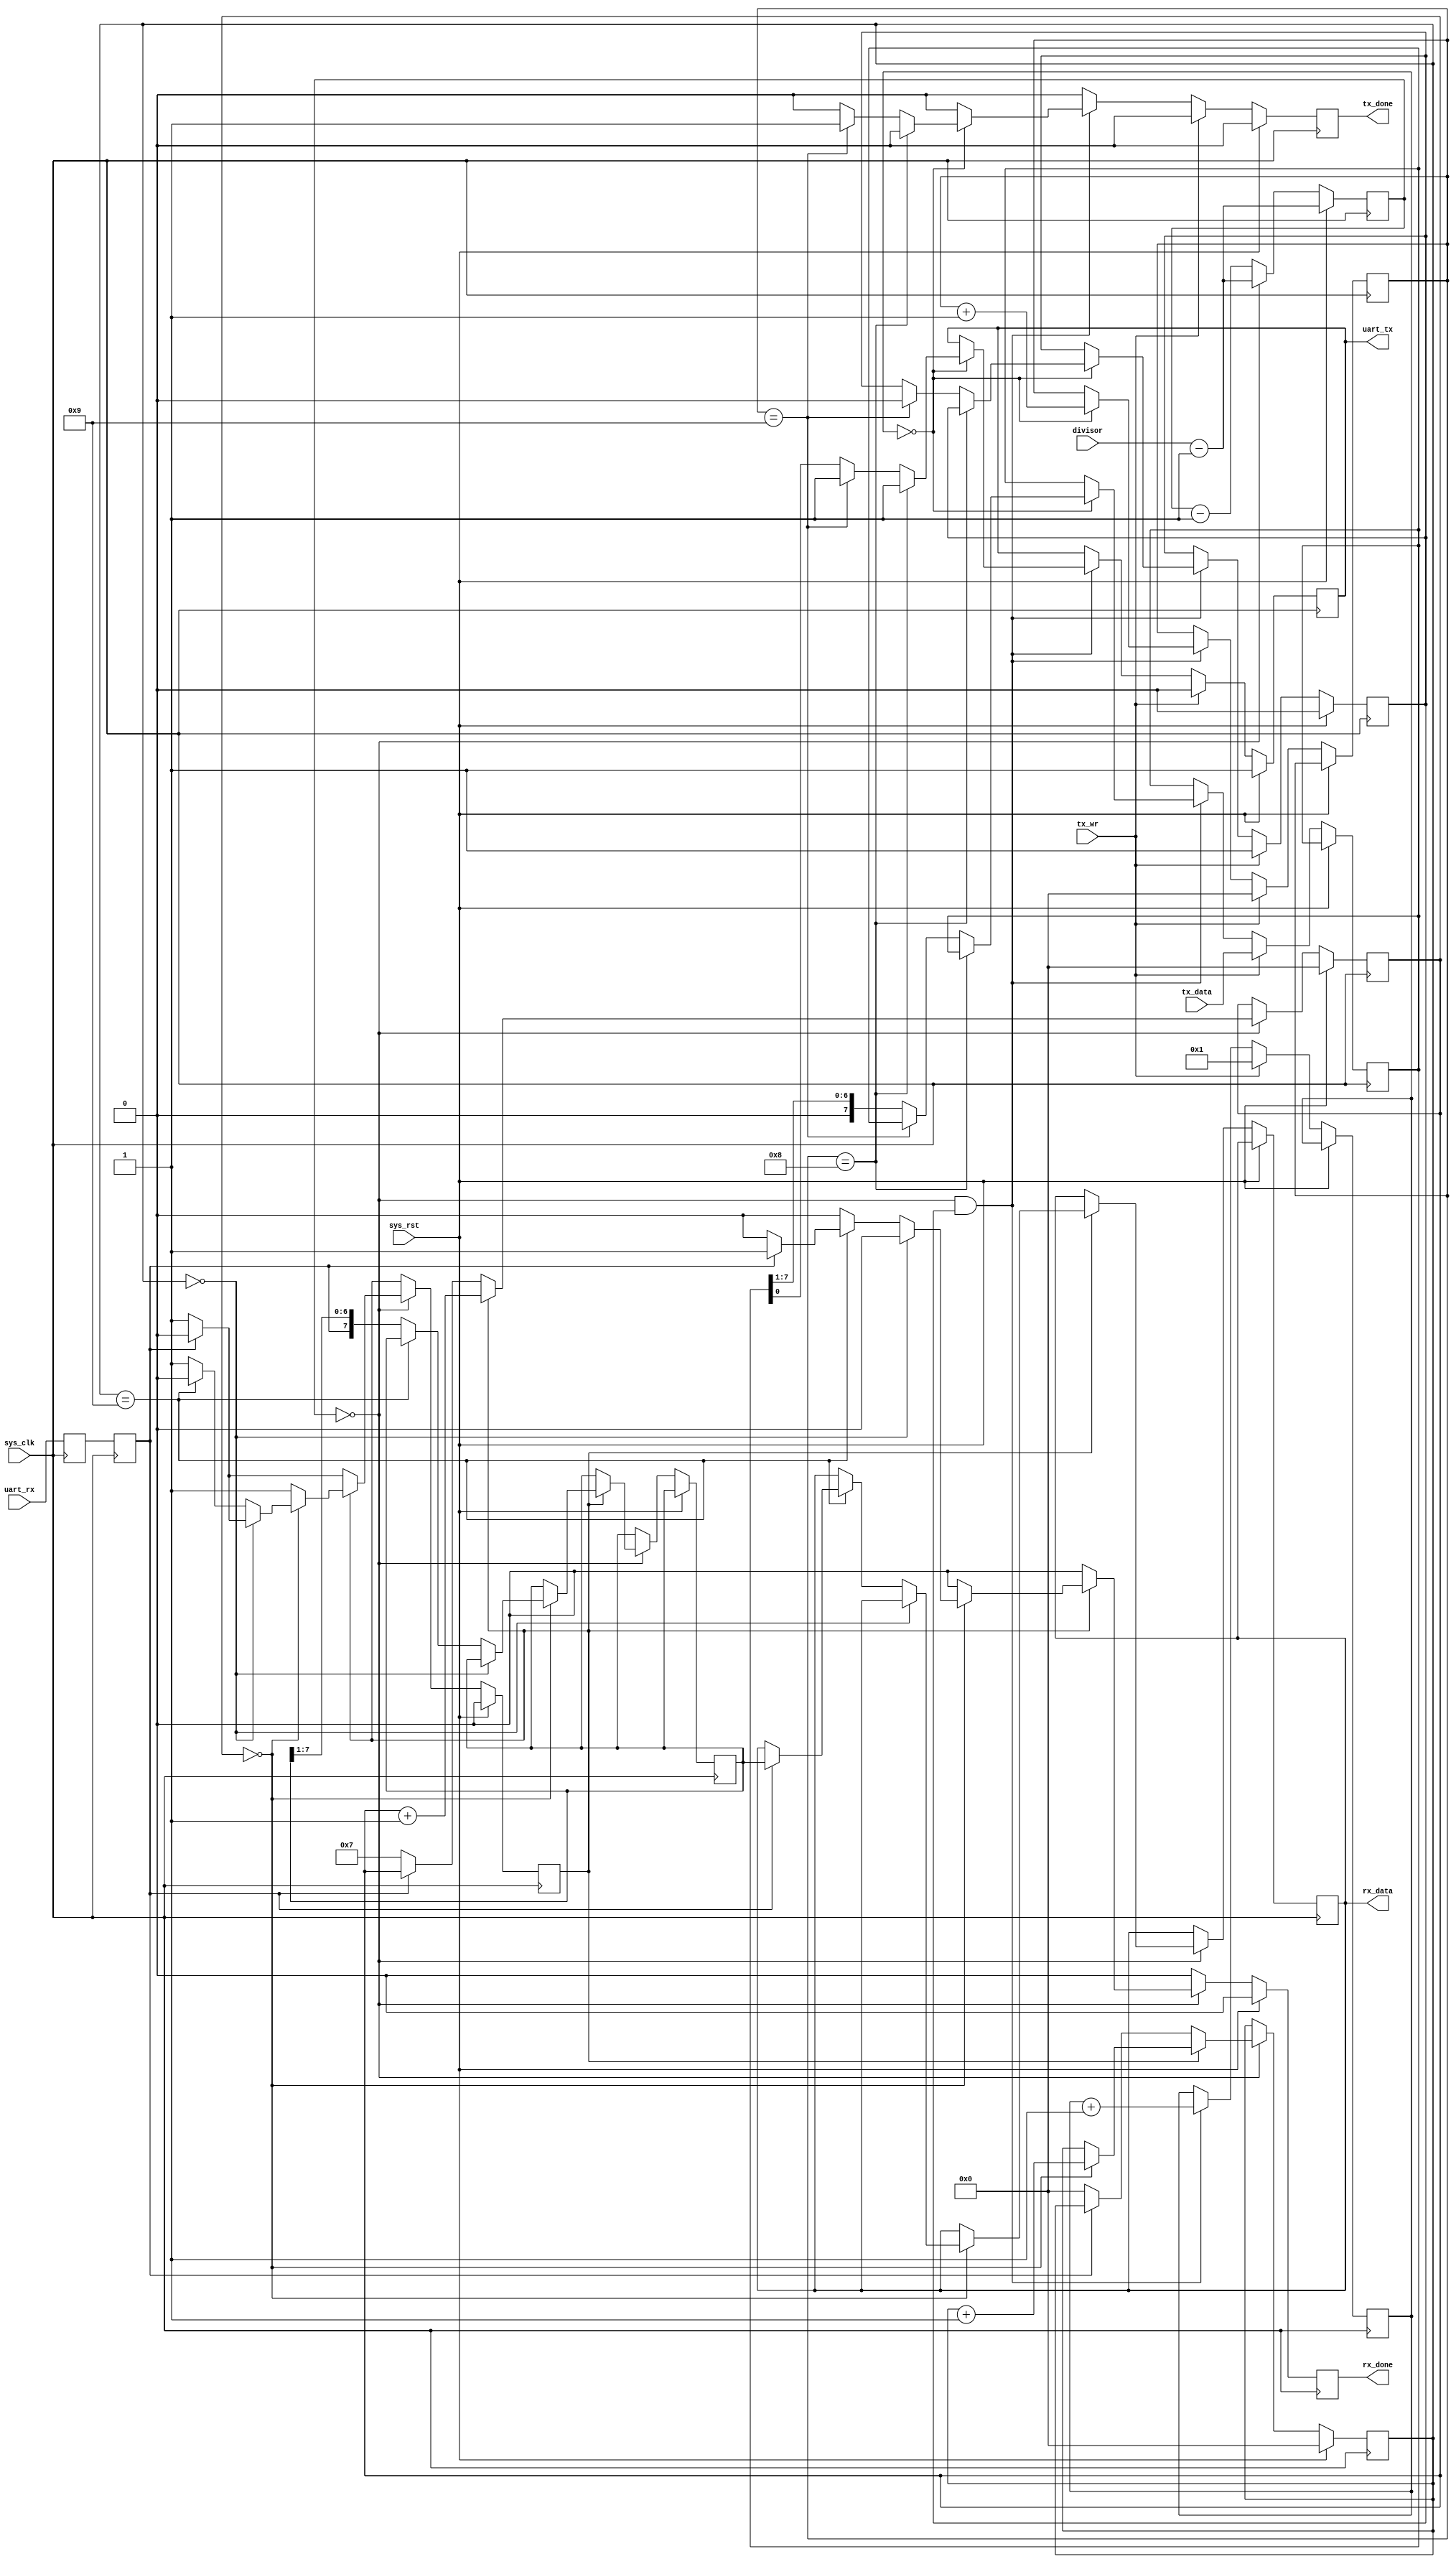
/*
 * Milkymist VJ SoC
 * Copyright (C) 2007, 2008, 2009, 2010 Sebastien Bourdeauducq
 * Copyright (C) 2007 Das Labor
 *
 * This program is free software: you can redistribute it and/or modify
 * it under the terms of the GNU General Public License as published by
 * the Free Software Foundation, version 3 of the License.
 *
 * This program is distributed in the hope that it will be useful,
 * but WITHOUT ANY WARRANTY; without even the implied warranty of
 * MERCHANTABILITY or FITNESS FOR A PARTICULAR PURPOSE.  See the
 * GNU General Public License for more details.
 *
 * You should have received a copy of the GNU General Public License
 * along with this program.  If not, see <http://www.gnu.org/licenses/>.
 */

module uart_transceiver(
	input sys_rst,
	input sys_clk,

	input uart_rx,
	output reg uart_tx,

	input [15:0] divisor,

	output reg [7:0] rx_data,
	output reg rx_done,

	input [7:0] tx_data,
	input tx_wr,
	output reg tx_done
);

//-----------------------------------------------------------------
// enable16 generator
//-----------------------------------------------------------------
reg [15:0] enable16_counter;

wire enable16;
assign enable16 = (enable16_counter == 16'd0);

always @(posedge sys_clk) begin
	if(sys_rst)
		enable16_counter <= divisor - 16'b1;
	else begin
		enable16_counter <= enable16_counter - 16'd1;
		if(enable16)
			enable16_counter <= divisor - 16'b1;
	end
end

//-----------------------------------------------------------------
// Synchronize uart_rx
//-----------------------------------------------------------------
reg uart_rx1;
reg uart_rx2;

always @(posedge sys_clk) begin
	uart_rx1 <= uart_rx;
	uart_rx2 <= uart_rx1;
end

//-----------------------------------------------------------------
// UART RX Logic
//-----------------------------------------------------------------
reg rx_busy;
reg [3:0] rx_count16;
reg [3:0] rx_bitcount;
reg [7:0] rx_reg;

always @(posedge sys_clk) begin
	if(sys_rst) begin
		rx_done <= 1'b0;
		rx_busy <= 1'b0;
		rx_count16  <= 4'd0;
		rx_bitcount <= 4'd0;
	end else begin
		rx_done <= 1'b0;

		if(enable16) begin
			if(~rx_busy) begin // look for start bit
				if(~uart_rx2) begin // start bit found
					rx_busy <= 1'b1;
					rx_count16 <= 4'd7;
					rx_bitcount <= 4'd0;
				end
			end else begin
				rx_count16 <= rx_count16 + 4'd1;

				if(rx_count16 == 4'd0) begin // sample
					rx_bitcount <= rx_bitcount + 4'd1;

					if(rx_bitcount == 4'd0) begin // verify startbit
						if(uart_rx2)
							rx_busy <= 1'b0;
					end else if(rx_bitcount == 4'd9) begin
						rx_busy <= 1'b0;
						if(uart_rx2) begin // stop bit ok
							rx_data <= rx_reg;
							rx_done <= 1'b1;
						end // ignore RX error
					end else
						rx_reg <= {uart_rx2, rx_reg[7:1]};
				end
			end
		end
	end
end

//-----------------------------------------------------------------
// UART TX Logic
//-----------------------------------------------------------------
reg tx_busy;
reg [3:0] tx_bitcount;
reg [3:0] tx_count16;
reg [7:0] tx_reg;

always @(posedge sys_clk) begin
	if(sys_rst) begin
		tx_done <= 1'b0;
		tx_busy <= 1'b0;
		uart_tx <= 1'b1;
	end else begin
		tx_done <= 1'b0;
		if(tx_wr) begin
			tx_reg <= tx_data;
			tx_bitcount <= 4'd0;
			tx_count16 <= 4'd1;
			tx_busy <= 1'b1;
			uart_tx <= 1'b0;
`ifdef SIMULATION
			$display("UART:%c", tx_data);
`endif
		end else if(enable16 && tx_busy) begin
			tx_count16  <= tx_count16 + 4'd1;

			if(tx_count16 == 4'd0) begin
				tx_bitcount <= tx_bitcount + 4'd1;
				
				if(tx_bitcount == 4'd8) begin
					uart_tx <= 1'b1;
				end else if(tx_bitcount == 4'd9) begin
					uart_tx <= 1'b1;
					tx_busy <= 1'b0;
					tx_done <= 1'b1;
				end else begin
					uart_tx <= tx_reg[0];
					tx_reg <= {1'b0, tx_reg[7:1]};
				end
			end
		end
	end
end

endmodule